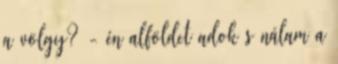
a völgy? - én alföldet adok s nálam a